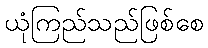
ယုံကြည်သည်ဖြစ်စေ